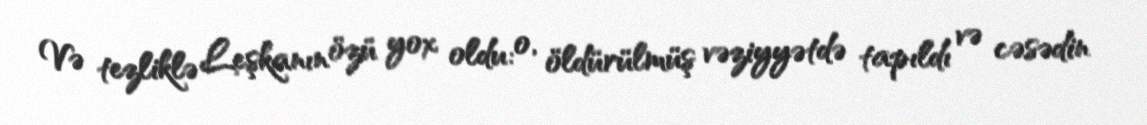
Və tezliklə Leşkanın özü yox oldu: o, öldürülmüş vəziyyətdə tapıldı və cəsədin